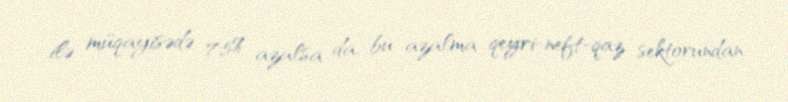
ilə müqayisədə 7,5% azalsa da, bu azalma qeyri-neft-qaz sektorundan